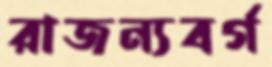
রাজন্যবর্গ